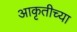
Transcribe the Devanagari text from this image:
आकृतीच्या